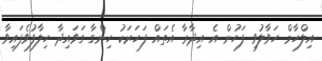
އިލްހާމް ހަވާލުވި ފަހުން އެ އިދާރާ އެތައް ފަހަރަކު ހިންގާ ގަވައިދާ ހިލާފުވެފައިވާ